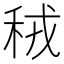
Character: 䄾